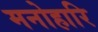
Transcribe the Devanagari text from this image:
मनोहारि